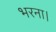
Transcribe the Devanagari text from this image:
भरना।